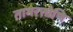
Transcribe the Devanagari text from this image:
तामरत्तोणि